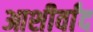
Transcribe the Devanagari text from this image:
आशीर्वांद